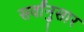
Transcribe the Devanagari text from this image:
सर्वांनुसार